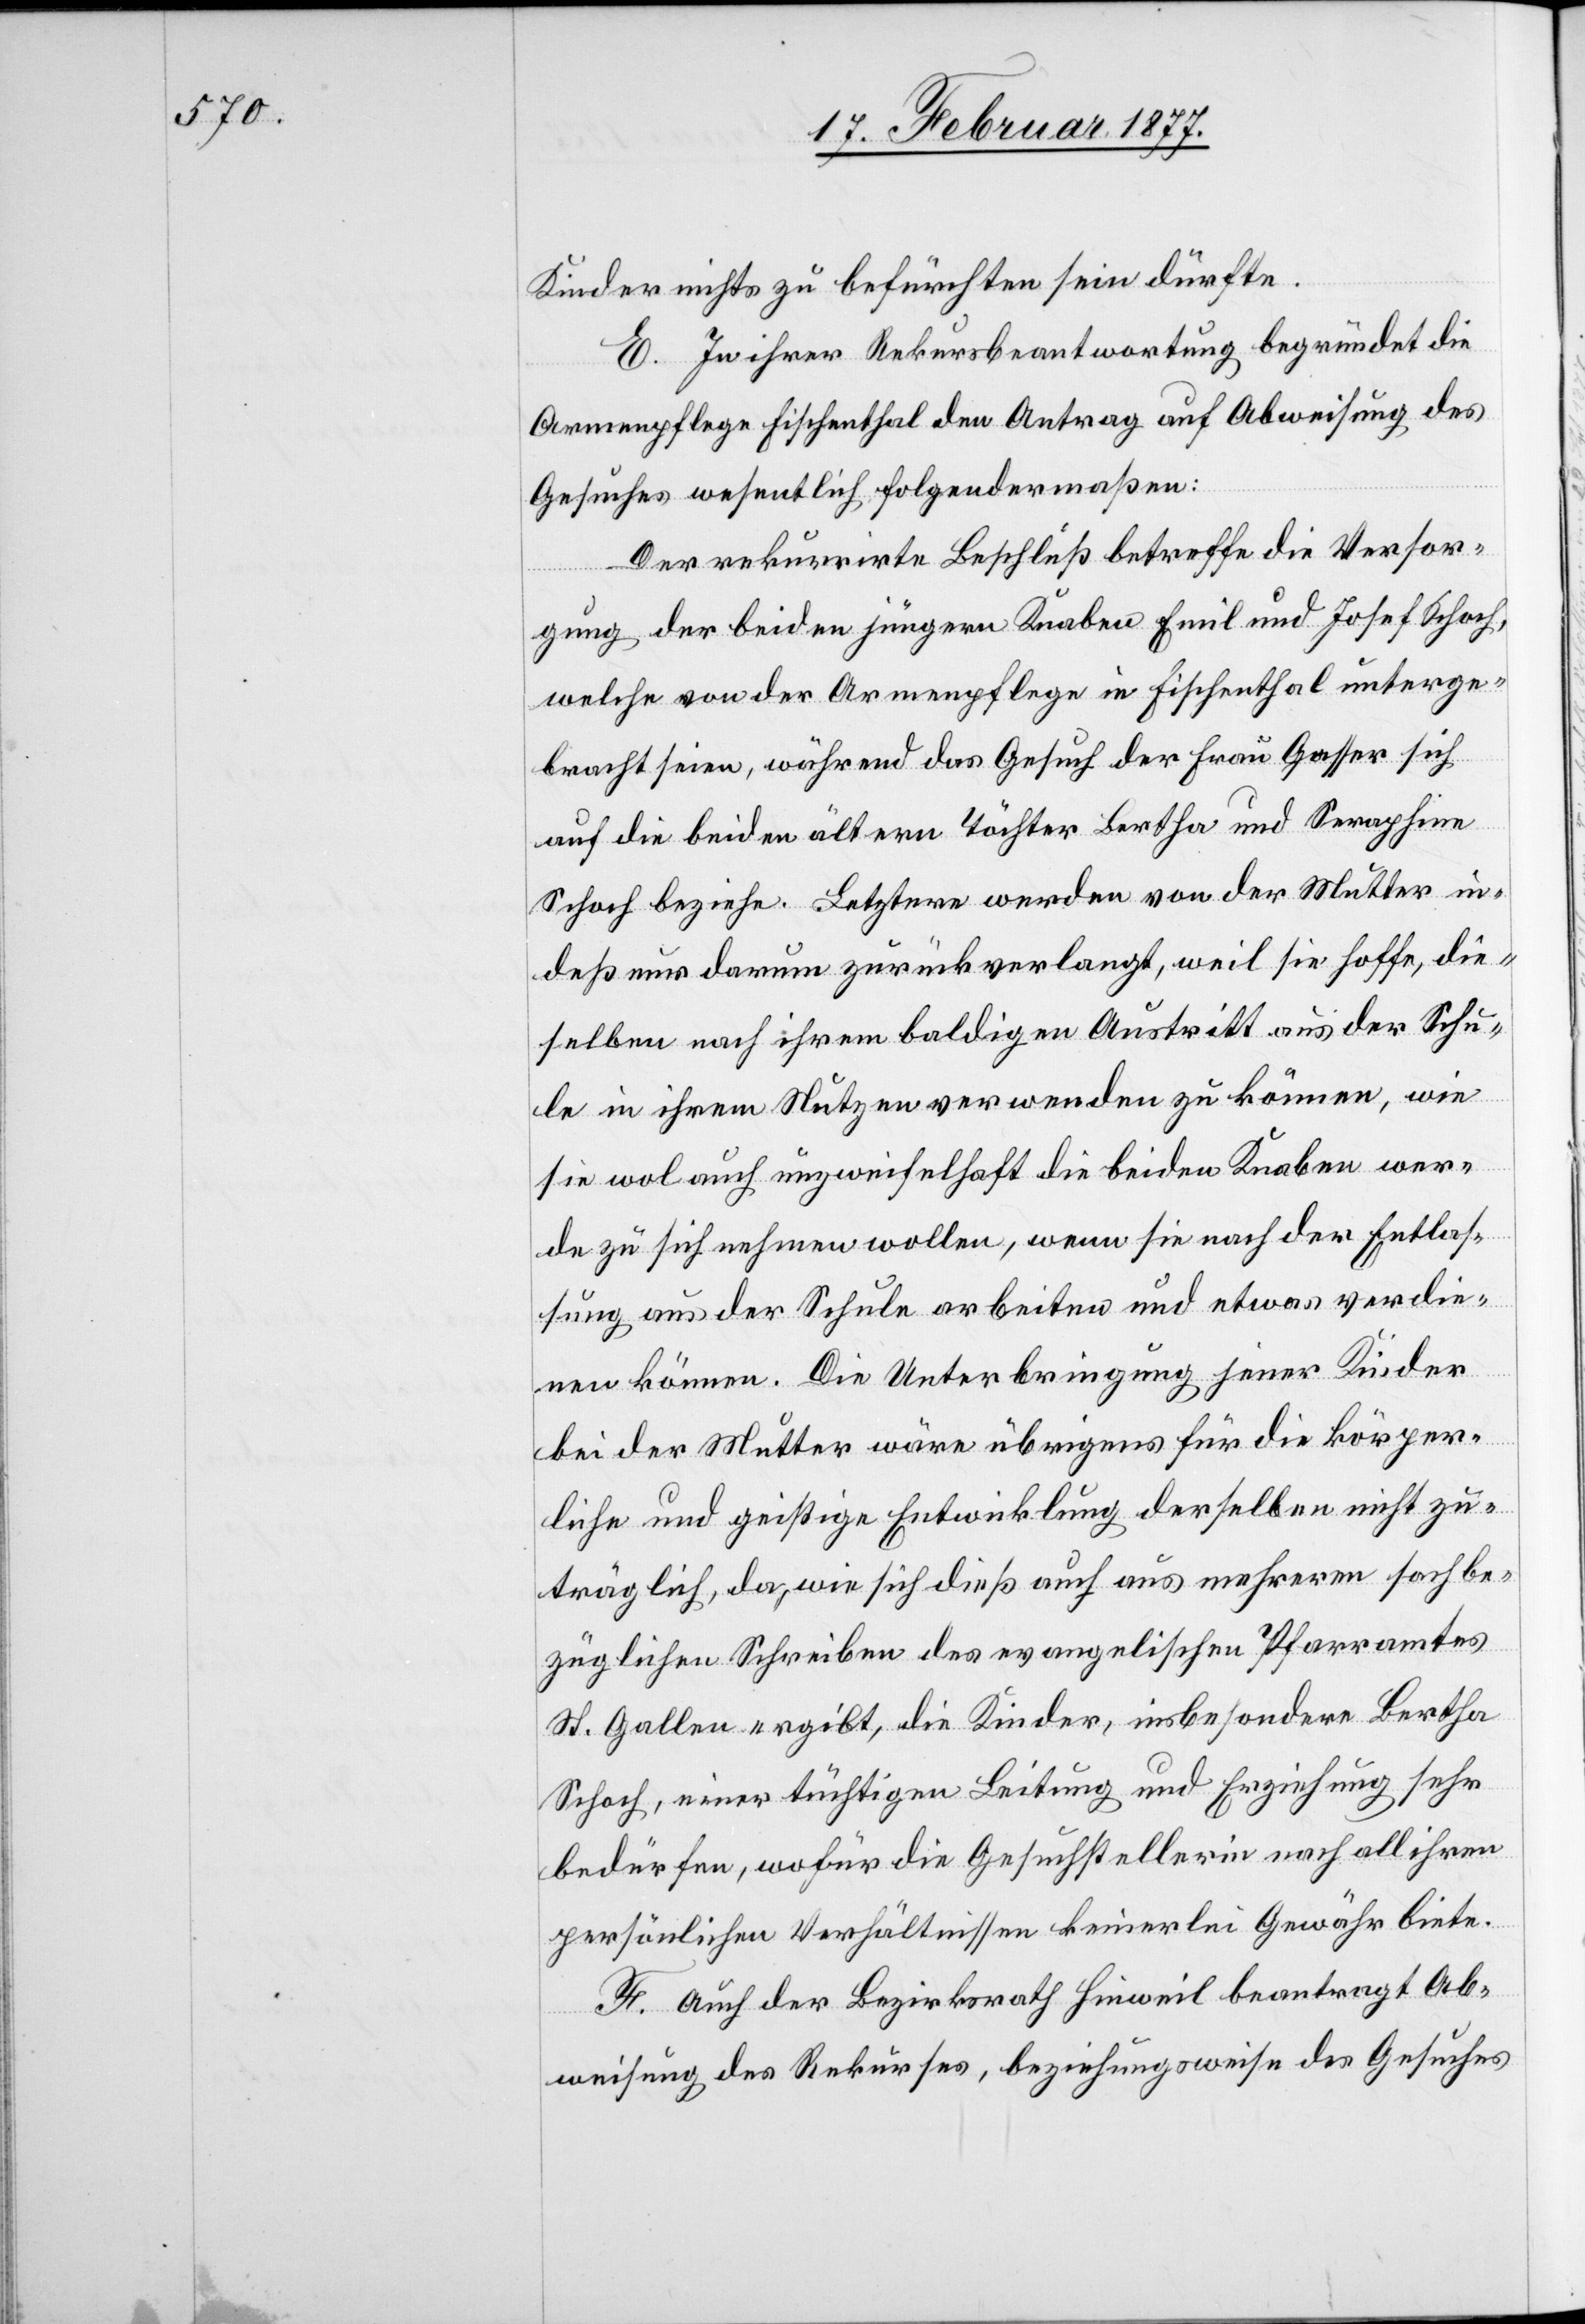
Kinder nichts zu befürchten sein dürfte.
E. In ihrer Rekursbeantwortung begründet die
Armenpflege Fischenthal den Antrag auf Abweisung des
Gesuches wesentlich folgendermaßen:
Der rekurrirte Beschluß betreffe die Versor¬
gung der beiden jüngern Knaben Emil und Josef Schoch,
welche von der Armenpflege in Fischenthal unterge¬
bracht seien, während das Gesuch der Frau Gasser sich
auf die beiden ältern Töchter Bertha und Seraphine
Schoch beziehe. Letztere werden von der Mutter in¬
deß nur darum zurückverlangt, weil sie hoffe, die¬
selben nach ihrem baldigen Austritt aus der Schu¬
le in ihrem Nutzen verwenden zu können, wie
sie wol auch unzweifelhaft die beiden Knaben wer¬
de zu sich nehmen wollen, wenn sie nach der Entlas¬
sung aus der Schule arbeiten und etwas verdie¬
nen können. Die Unterbringung jener Kinder
bei der Mutter wäre übrigens für die körper¬
liche und geistige Entwicklung derselben nicht zu¬
träglich, da, wie sich dieß auch aus mehreren sachbe¬
züglichen Schreiben des evangelischen Pfarramtes
St. Gallen ergibt, die Kinder, insbesondere Bertha
Schoch, einer tüchtigen Leitung und Erziehung sehr
bedürfen, wofür die Gesuchstellerin nach all ihren
persönlichen Verhältnissen keinerlei Gewähr biete.
F. Auch der Bezirksrath Hinweil beantragt Ab¬
weisung des Rekurses, beziehungsweise des Gesuches